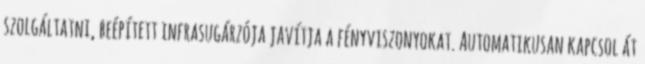
szolgáltatni, beépített infrasugárzója javítja a fényviszonyokat. Automatikusan kapcsol át